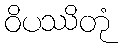
ဝိပဿိတုံ